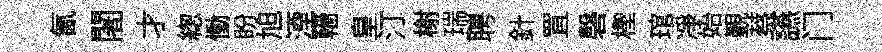
氤闍才緫慟盼旭湮轖皇汀榭瑞聘針罝磬檉琯净始覲蔡讌门